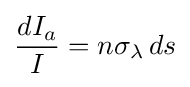
{\frac {dI_{a}}{I}}=n\sigma _{\lambda }\,ds